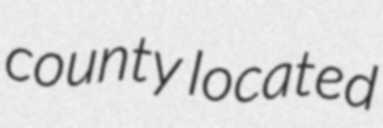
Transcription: county located